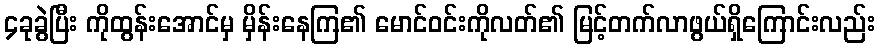
၄ခုခွဲပြီး ကိုထွန်းအောင်မှ မှိန်းနေကြ၏ မောင်ဝင်းကိုလတ်၏ မြင့်တက်လာဖွယ်ရှိကြောင်းလည်း